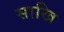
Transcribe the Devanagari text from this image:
साखि